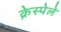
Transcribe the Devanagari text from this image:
क्रेस्पेले